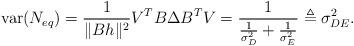
LaTeX: \begin{align*}\mathrm{var} (N_{eq})=\frac{1}{\lVert B h \rVert^2} V^T B \Delta B^T V= \frac{1}{\frac{1}{\sigma_D^2}+\frac{1}{\sigma_E^2}} \triangleq \sigma_{DE}^2 .\end{align*}